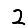
Digit: 2